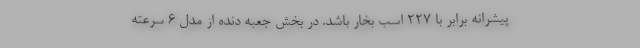
پیشرانه برابر با 227 اسب بخار باشد. در بخش جعبه دنده از مدل 6 سرعته